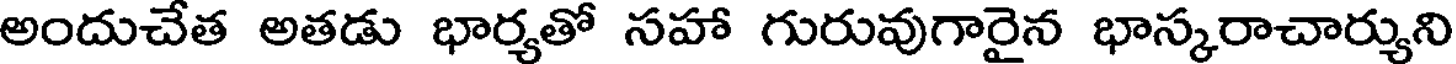
అందుచేత అతడు భార్యతో సహా గురువుగారైన భాస్కరాచార్యుని